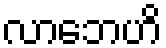
လာဘေဟိ